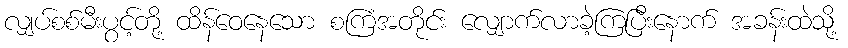
လျှပ်စစ်မီးပွင့်တို့ ထိန်ဝေနေသော စကြံအတိုင်း လျှောက်လာခဲ့ကြပြီးနောက် အခန်းထဲသို့